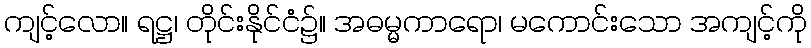
ကျင့်လော။ ရဋ္ဌ၊ တိုင်းနိုင်ငံ၌။ အဓမ္မကာရော၊ မကောင်းသော အကျင့်ကို